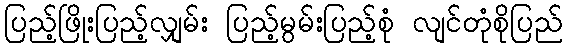
ပြည့်ဖြိုးပြည့်လျှမ်း ပြည့်မွမ်းပြည့်စုံ လျင်တုံစိုပြည်